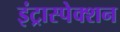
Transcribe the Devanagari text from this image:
इंट्रास्पेक्शन